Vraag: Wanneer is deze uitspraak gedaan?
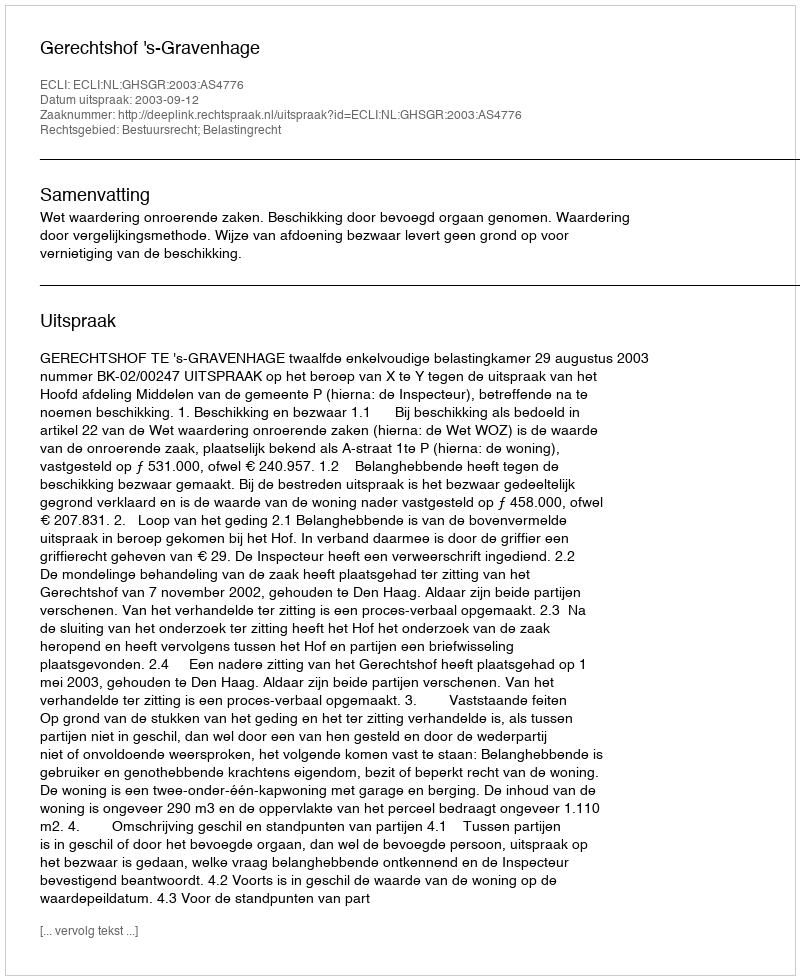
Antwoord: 2003-09-12